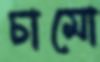
চামো